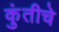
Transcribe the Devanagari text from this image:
कुंतीचे